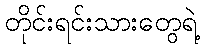
တိုင်းရင်းသားတွေရဲ့